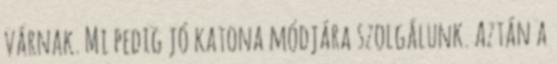
várnak. Mi pedig jó katona módjára szolgálunk. Aztán a